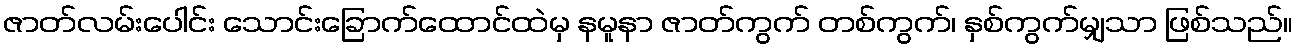
ဇာတ်လမ်းပေါင်း သောင်းခြောက်ထောင်ထဲမှ နမူနာ ဇာတ်ကွက် တစ်ကွက်၊ နှစ်ကွက်မျှသာ ဖြစ်သည်။